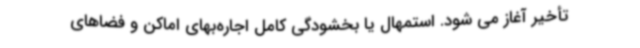
تأخیر آغاز می شود. استمهال یا بخشودگی کامل اجاره‌بهای اماکن و فضاهای